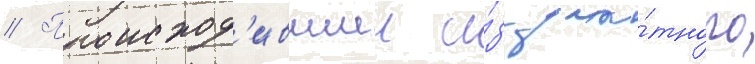
// Происход'ившии и́з зна́тного